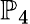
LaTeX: \mathbb{P}_{4}